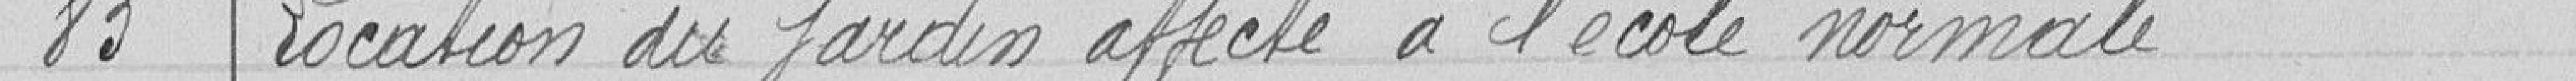
85 Location du jardin affecté à l'école normale